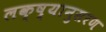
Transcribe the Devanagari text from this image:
लक्ष्यानुसरण